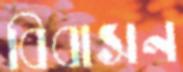
বিবাসন